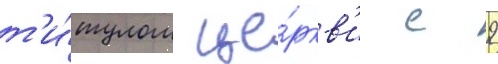
т'и́тулом це́ркв'и с 9